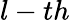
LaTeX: l-th